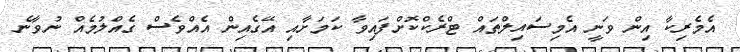
އެމެރިކާ އިން ވަނީ އެމިސައިލްތައް ޓްރެކްކޮށްފައިވާ ކަމަށާއި އޭގެއިން އެއްވެސް ގެއްލުމެއް ނުވާނެ